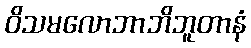
ဝိသမလောဘာဘိဘူတာနံ